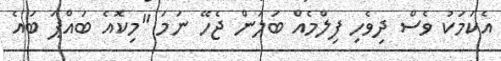
އެކަމަކު ވެސް ދިވެހި ފިލްމެއް ބަލަން ޖެހޭ ނަމަ "މިކޮއެ ބައްޕަ ބައެ